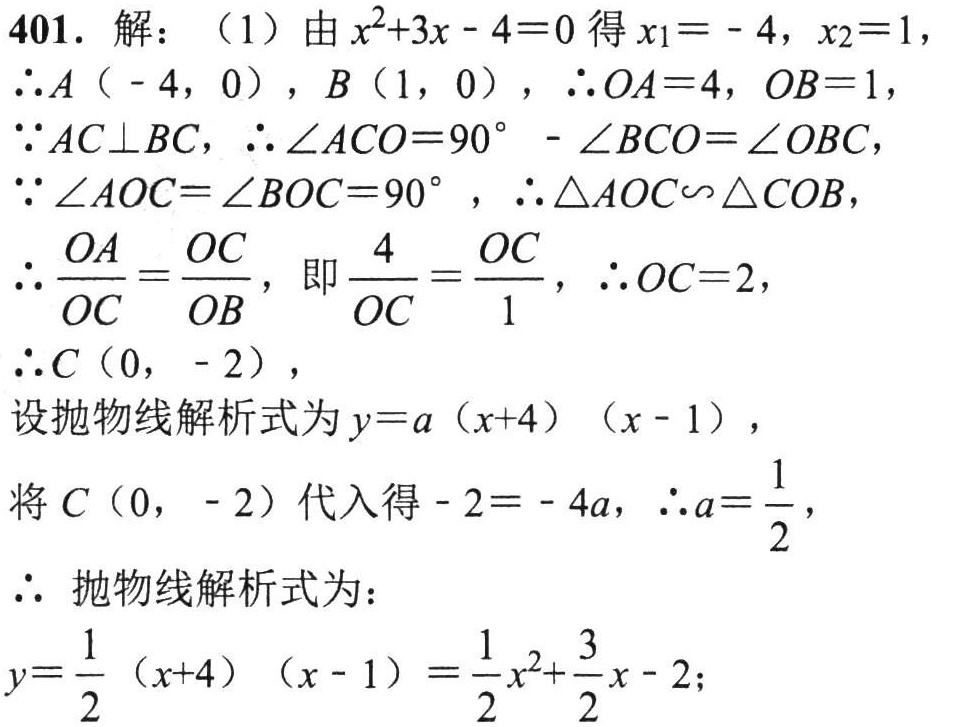
401. 解：（1）由$x^{2}+3x - 4 = 0$得$x_{1}=-4$，$x_{2}=1$，
$\therefore A(-4,0)$，$B(1,0)$，$\therefore OA = 4$，$OB = 1$，
$\because AC\perp BC$，$\therefore\angle ACO=90^{\circ}-\angle BCO=\angle OBC$，
$\because\angle AOC=\angle BOC = 90^{\circ}$，$\therefore\triangle AOC\backsim\triangle COB$，
$\therefore\frac{OA}{OC}=\frac{OC}{OB}$，即$\frac{4}{OC}=\frac{OC}{1}$，$\therefore OC = 2$，
$\therefore C(0,-2)$，
设抛物线解析式为$y = a(x + 4)(x - 1)$，
将$C(0,-2)$代入得$-2=-4a$，$\therefore a=\frac{1}{2}$，
$\therefore$ 抛物线解析式为：
$y=\frac{1}{2}(x + 4)(x - 1)=\frac{1}{2}x^{2}+\frac{3}{2}x - 2$；